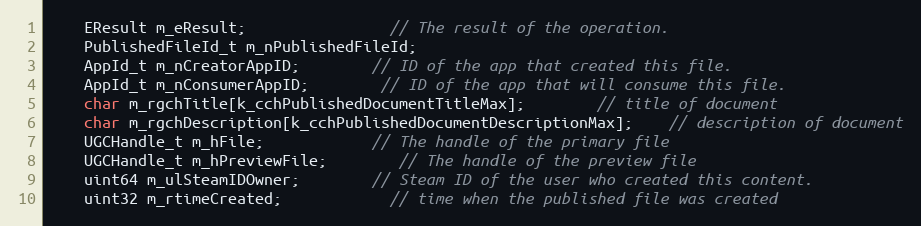
Language: C
	EResult m_eResult;				// The result of the operation.
	PublishedFileId_t m_nPublishedFileId;
	AppId_t m_nCreatorAppID;		// ID of the app that created this file.
	AppId_t m_nConsumerAppID;		// ID of the app that will consume this file.
	char m_rgchTitle[k_cchPublishedDocumentTitleMax];		// title of document
	char m_rgchDescription[k_cchPublishedDocumentDescriptionMax];	// description of document
	UGCHandle_t m_hFile;			// The handle of the primary file
	UGCHandle_t m_hPreviewFile;		// The handle of the preview file
	uint64 m_ulSteamIDOwner;		// Steam ID of the user who created this content.
	uint32 m_rtimeCreated;			// time when the published file was created